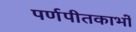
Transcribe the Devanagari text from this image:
पर्णपीतकाभों